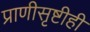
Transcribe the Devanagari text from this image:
प्राणीसृष्टीही